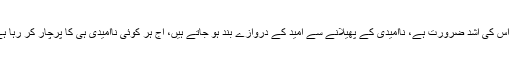
آج اس کی اشد ضرورت ہے، ناامیدی کے پھیلانے سے امید کے دروازے بند ہو جاتے ہیں، آج ہر کوئی ناامیدی ہی کا پرچار کر رہا ہے۔